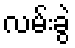
လမ်းခွဲ